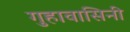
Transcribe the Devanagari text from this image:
गुहावासिनी